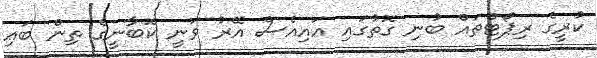
ކުރީގެ ރިޕޯޓްތައް ބުނި ގޮތުގައި އައިއެސް އޭރު ވަނީ ކޮބާނީގެ ތިން ބައި